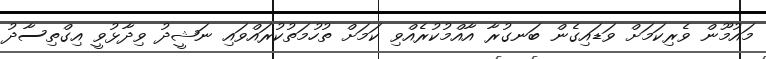
މައުމޫން ވެރިކަމަށް ވަޑައިގެން ބަނގުރާ އާއްމުކުރެއްވި ކަމަށް ތުހުމަތުކުރައްވައި ނަޝީދު ވިދާޅުވީ އިގްތިސާދު